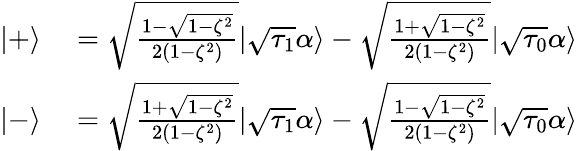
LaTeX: \begin{array}{rl}{|+\rangle}&{{}=\sqrt{\frac{1-\sqrt{1-\zeta^{2}}}{2(1-\zeta^{2})}}|\sqrt{\tau_{1}}\alpha\rangle-\sqrt{\frac{1+\sqrt{1-\zeta^{2}}}{2(1-\zeta^{2})}}|\sqrt{\tau_{0}}\alpha\rangle}\\ {|-\rangle}&{{}=\sqrt{\frac{1+\sqrt{1-\zeta^{2}}}{2(1-\zeta^{2})}}|\sqrt{\tau_{1}}\alpha\rangle-\sqrt{\frac{1-\sqrt{1-\zeta^{2}}}{2(1-\zeta^{2})}}|\sqrt{\tau_{0}}\alpha\rangle}\end{array}